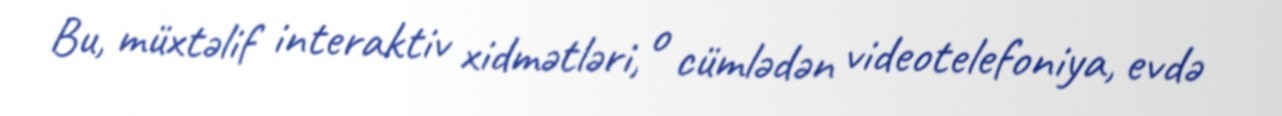
Bu, müxtəlif interaktiv xidmətləri, o cümlədən videotelefoniya, evdə